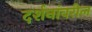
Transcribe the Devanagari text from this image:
दर्शनांवरील